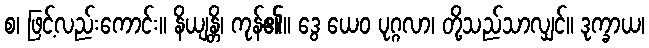
စ၊ ဖြင့်လည်းကောင်း။ နိယျန္တိ၊ ကုန်၏။ ဒွေ ယေဝ ပုဂ္ဂလာ၊ တို့သည်သာလျှင်။ ဒုက္ခာယ၊